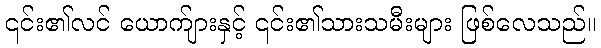
၎င်း၏လင် ယောက်ျားနှင့် ၎င်း၏သားသမီးများ ဖြစ်လေသည်။